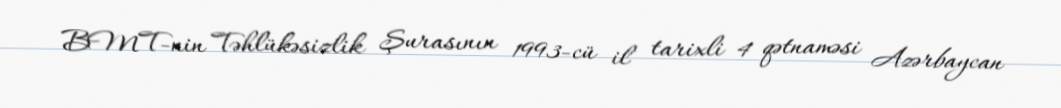
BMT-nin Təhlükəsizlik Şurasının 1993-cü il tarixli 4 qətnaməsi Azərbaycan